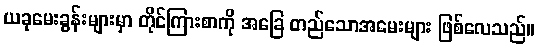
ယခုမေးခွန်းများမှာ တိုင်ကြားစာကို အခြေ တည်သောအမေးများ ဖြစ်လေသည်။